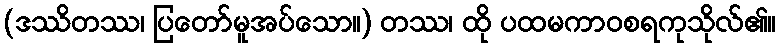
(ဒဿိတဿ၊ ပြတော်မူအပ်သော။) တဿ၊ ထို ပထမကာဝစရကုသိုလ်၏။